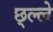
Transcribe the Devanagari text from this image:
छ्ल्ले